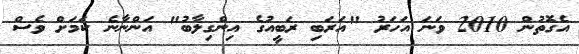
އެގޮތުން 2010 ވަނަ އަހަރު "އަރަބި ރަބީއުގެ އިންގިލާބު" އަންނާނެ ކަމަށް ވެސް